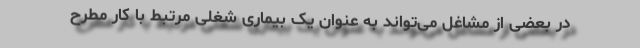
در بعضی از مشاغل می‌تواند به عنوان یک بیماری شغلی مرتبط با کار مطرح